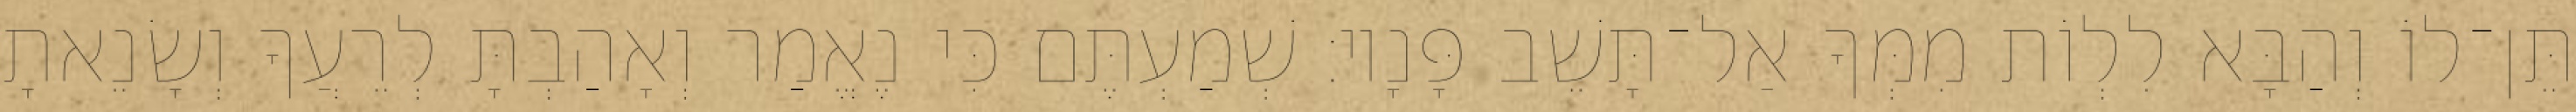
תֵּן־לוֹ וְהַבָּא לִלְוֹת מִמְּךָ אַל־תָּשֵׁב פָּנָיו׃ שְׁמַעְתֶּם כִּי נֶאֱמַר וְאָהַבְתָּ לְרֵעֲךָ וְשָׂנֵאתָ